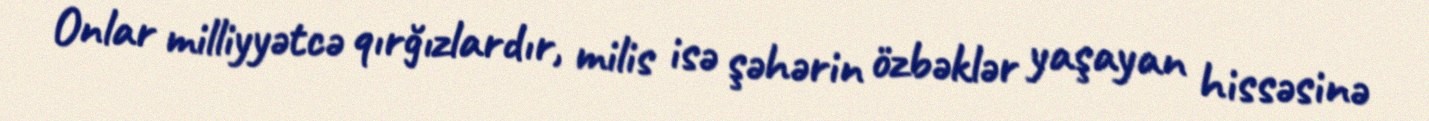
Onlar milliyyətcə qırğızlardır, milis isə şəhərin özbəklər yaşayan hissəsinə